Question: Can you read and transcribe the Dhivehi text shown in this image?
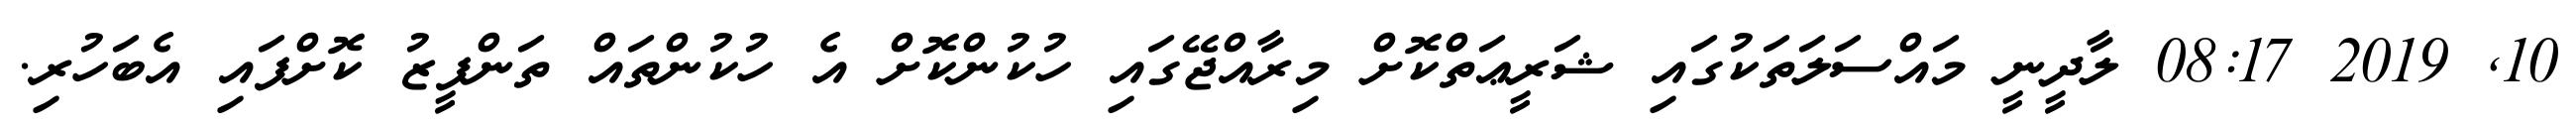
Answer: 10, 2019 08:17 ލާދީނީ މައްސަލަތަކުގައި ޝަރީޢަތްކޮށް މިރާއްޖޭގައި ހުކުންކޮށް އެ ހުކުންތައް ތަންފީޒު ކޮށްފައި އެބަހުރި.